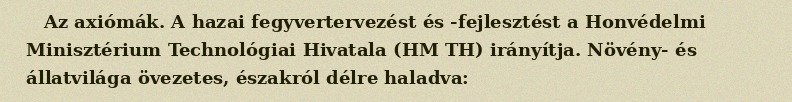
Az axiómák. A hazai fegyvertervezést és -fejlesztést a Honvédelmi Minisztérium Technológiai Hivatala (HM TH) irányítja. Növény- és állatvilága övezetes, északról délre haladva: